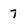
Character: 7